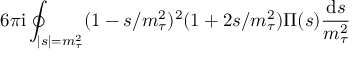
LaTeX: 6 \pi \mathrm { i } \oint _ { | s | = m _ { \tau } ^ { 2 } } ( 1 - s / m _ { \tau } ^ { 2 } ) ^ { 2 } ( 1 + 2 s / m _ { \tau } ^ { 2 } ) \Pi ( s ) \frac { \mathrm { d } s } { m _ { \tau } ^ { 2 } }